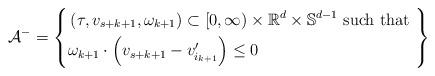
LaTeX: \begin{align*}\mathcal{A}^- =\left\{\begin{aligned}& \left(\tau,v_{s+k+1},\omega_{k+1}\right)\subset[0,\infty)\times\mathbb{R}^d\times\mathbb{S}^{d-1} \textnormal{ such that } \\& \omega_{k+1} \cdot \left(v_{s+k+1}-v_{i_{k+1}}^\prime\right)\leq 0\end{aligned}\right\}\end{align*}